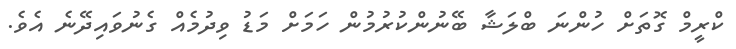
ކްރީމް ގޮތަށް ހުންނަ ބްލަޝާ ބޭނުންކުރުމުން ހަމަށް މަޑު ވިދުމެއް ގެނުވައިދޭނެ އެވެ.